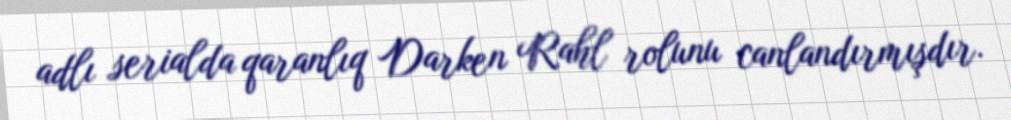
adlı serialda qaranlıq Darken Rahl rolunu canlandırmışdır.